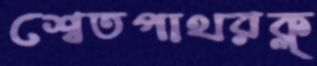
শ্বেতপাথরক্ল্